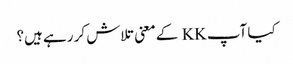
کیا آپ KK کے معنی تلاش کر رہے ہیں؟